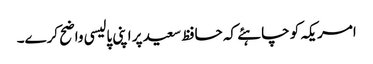
امریکہ کو چاہئے کہ حافظ سعید پر اپنی پالیسی واضح کرے۔